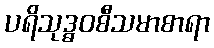
ပရိသုဒ္ဓဝစီသမာစာရာ